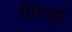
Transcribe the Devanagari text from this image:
विगड़ा